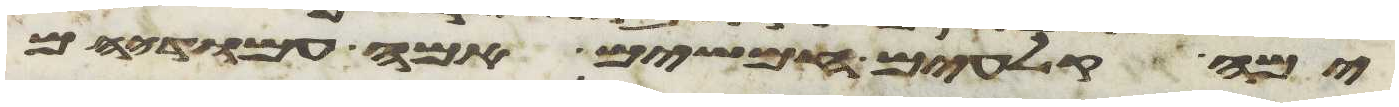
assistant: ימה קלעים חמשים אמה עמודיהם